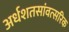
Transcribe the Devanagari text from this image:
अर्धशतसांवत्सरिक